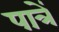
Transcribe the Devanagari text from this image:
पात्रें